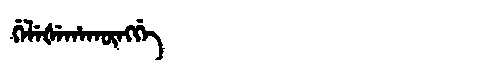
Manchu: ᡤᡝᠯᡝᡧᡝᡥᠠᡴᡡᠩᡤᡝ
Romanization: GELEŠEHAKŪNGGE